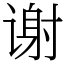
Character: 谢